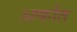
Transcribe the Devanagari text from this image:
अर्कांत